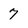
Character: 7